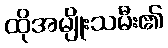
ထိုအမျိုးသမီး၏